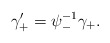
\begin{align*}\gamma_+' = \psi_-^{-1} \gamma_+. \end{align*}